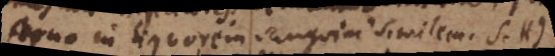
struo in liquorem sanguini similem. S.H)